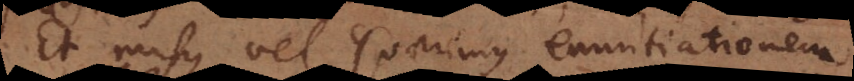
Et rursus vel quaerimus demonstrationem,